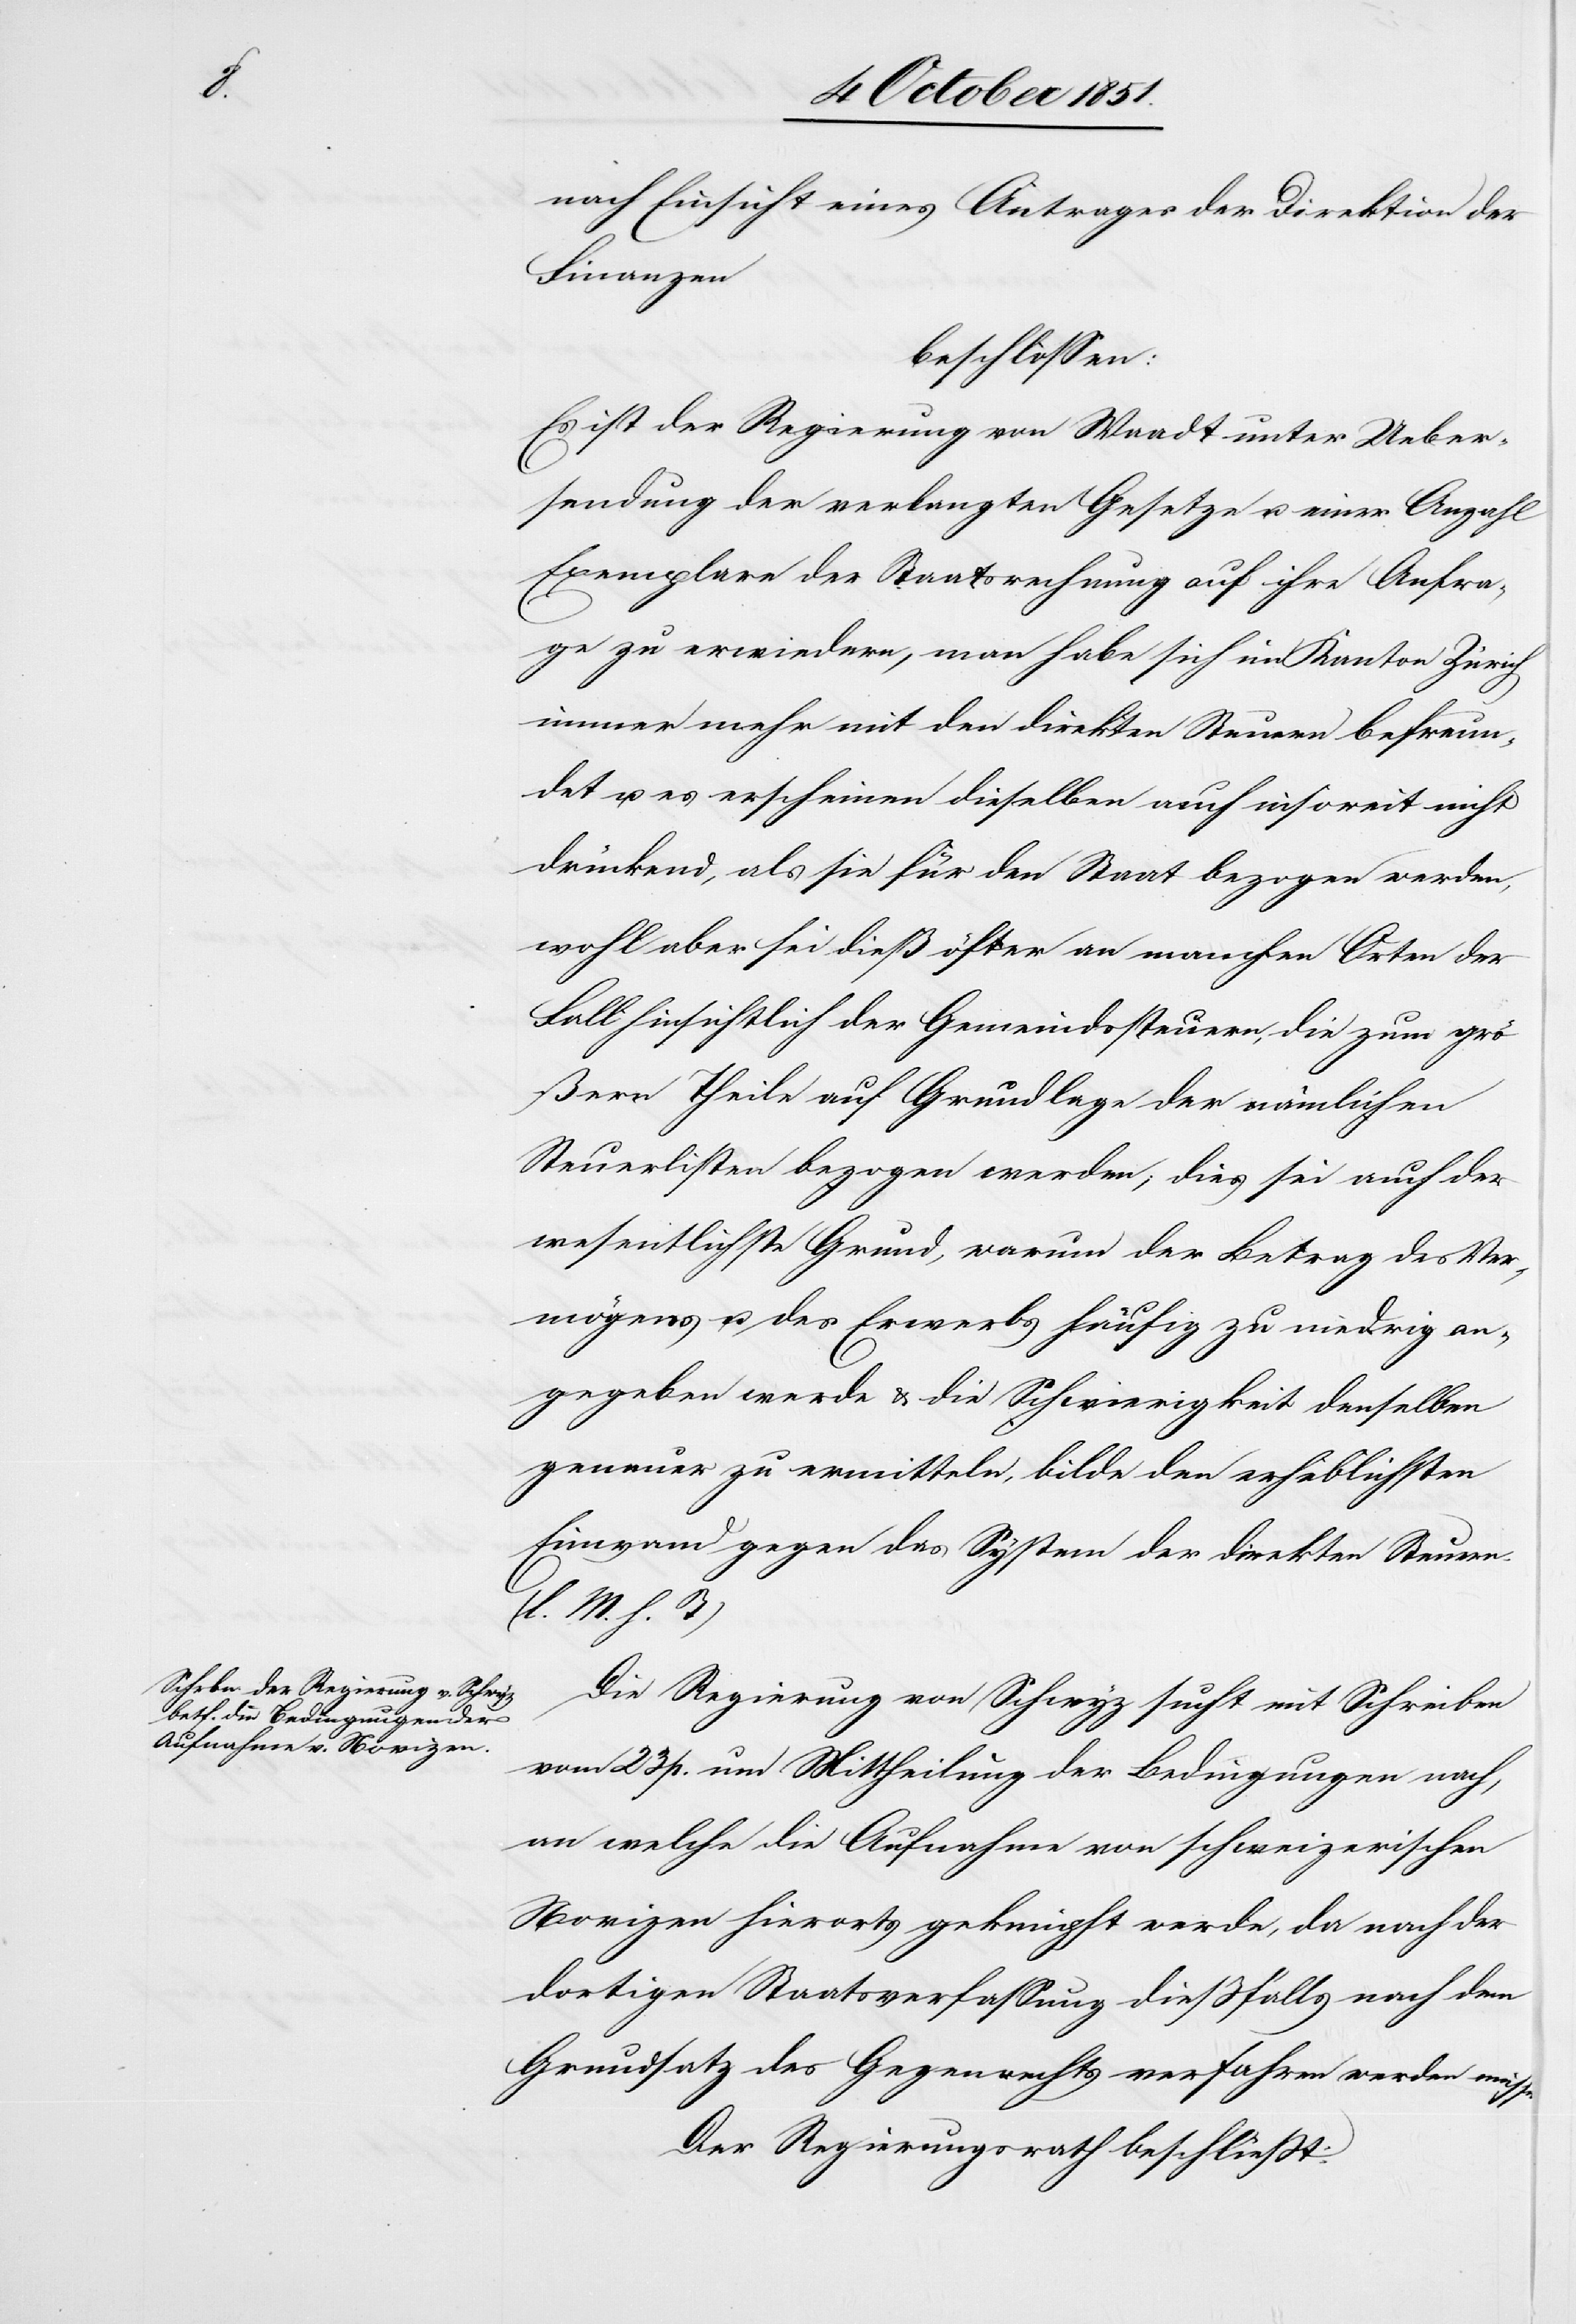
nach Einsicht eines Antrages der Direktion der
Finanzen
beschlossen:
Es ist der Regierung von Waadt unter Ueber¬
sendung der verlangten Gesetze u. einer Anzahl
Exemplare der Staatsrechnung auf ihre Anfra¬
ge zu erwiedern, man habe sich im Kanton Zürich
immer mehr mit den direkten Steuern befreun¬
det u. es erscheinen dieselben auch insoweit nicht
drückend, als sie für den Staat bezogen werden,
wohl aber sei dieß öfter an manchen Orten der
Fall hinsichtlich der Gemeindssteuern, die zum grö¬
ßern Theile auf Grundlage der nämlichen
Steuerlisten bezogen werden; dies sei auch der
wesentlichste Grund, warum der Betrag des Ver¬
mögens u. des Erwerbs häufig zu niedrig an¬
gegeben werde & die Schwierigkeit denselben
genauer zu ermitteln, bilde den erheblichsten
Einwand gegen das System der direkten Steuern
(l. M. h. T)[.]
Die Regierung von Schwyz sucht mit Schreiben
vom 23 p. um Mittheilung der Bedingungen nach,
an welche die Aufnahme von schweizerischen
Novizen hierorts geknüpft werde, da nach der
dortigen Staatsverfassung dießfallls nach dem
Grundsatz des Gegenrechts verfahren werden müsse.
Der Regierungsrath beschließt: